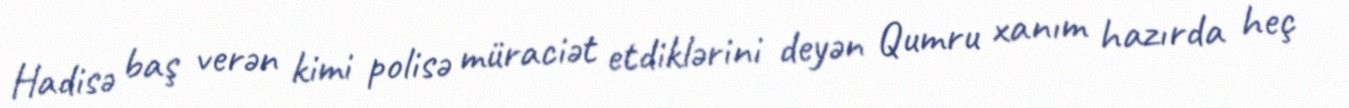
Hadisə baş verən kimi polisə müraciət etdiklərini deyən Qumru xanım hazırda heç